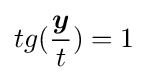
tg({\frac {\boldsymbol {y}}{t}})=1